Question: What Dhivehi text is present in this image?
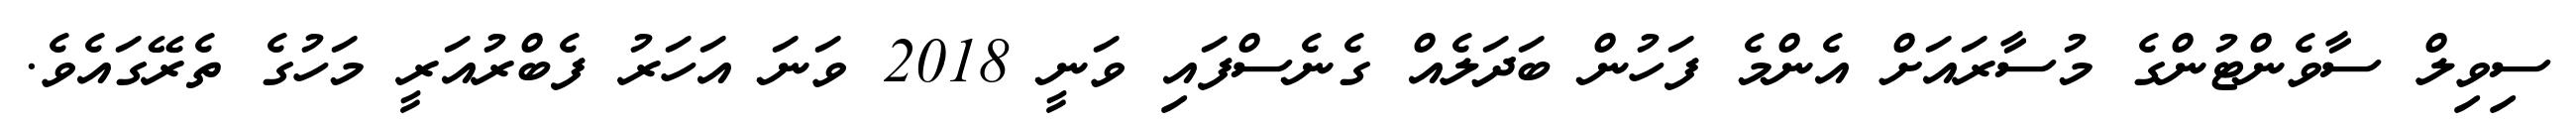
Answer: ސިވިލް ސާވެންޓުންގެ މުސާރައަށް އެންމެ ފަހުން ބަދަލެއް ގެނެސްފައި ވަނީ 2018 ވަނަ އަހަރު ފެބްރުއަރީ މަހުގެ ތެރޭގައެވެ.